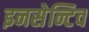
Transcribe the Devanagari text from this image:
इनसेन्टिव